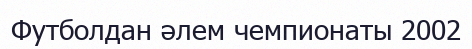
Футболдан әлем чемпионаты 2002